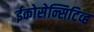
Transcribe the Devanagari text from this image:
ईकोसेन्सिटिव्ह